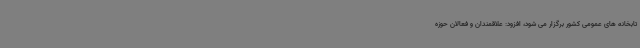
تابخانه های عمومی کشور برگزار می شود، افزود: علاقمندان و فعالان حوزه